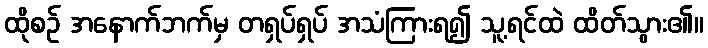
ထိုစဉ် အနောက်ဘက်မှ တရှပ်ရှပ် အသံကြားရ၍ သူ့ရင်ထဲ ထိတ်သွား၏။